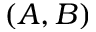
( A , B )